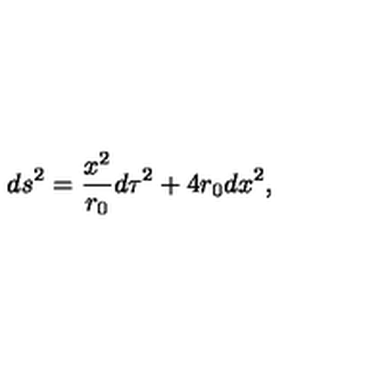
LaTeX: d s ^ { 2 } = \frac { x ^ { 2 } } { r _ { 0 } } d \tau ^ { 2 } + 4 r _ { 0 } d x ^ { 2 } ,